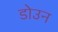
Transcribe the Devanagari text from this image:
डोउन